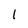
Character: 1